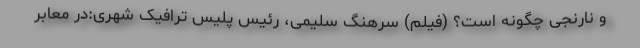
و نارنجی چگونه است؟ (فیلم) سرهنگ سلیمی، رئیس پلیس ترافیک شهری:در معابر